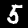
Digit: 5